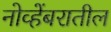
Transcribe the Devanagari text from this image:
नोव्हेंबरातील